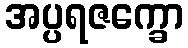
အပ္ပရဇက္ခော